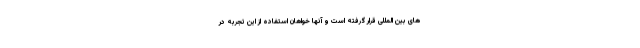
های بین المللی قرار گرفته است و آنها خواهان استفاده از این تجربه در